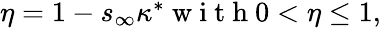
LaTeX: \begin{array}{r}{\eta=1-s_{\infty}\kappa^{*}\mathrm{~w~i~t~h~}0<\eta\leq 1,}\end{array}